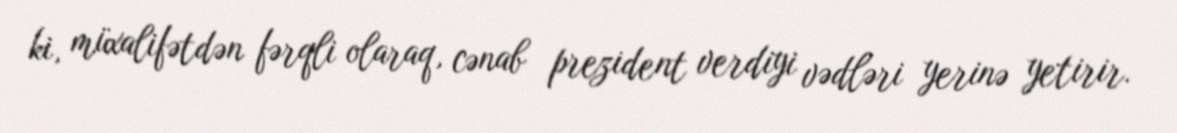
ki, müxalifətdən fərqli olaraq, cənab prezident verdiyi vədləri yerinə yetirir.